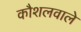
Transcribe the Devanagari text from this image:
कौशलवाले